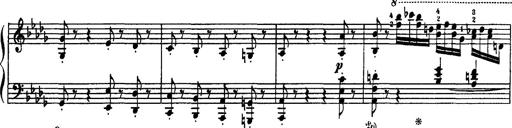
Title: Fantaisie sur des motifs favoris de l'opÃ©ra 'La sonnambula'
Composer: Franz Liszt